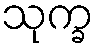
သုက္ခ